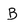
Character: B